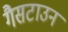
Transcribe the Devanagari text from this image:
गैसटाउन